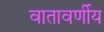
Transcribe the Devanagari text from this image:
वातावर्णीय